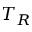
T _ { R }